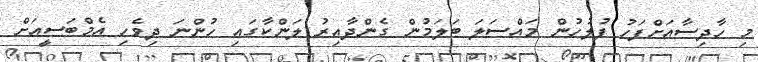
މި ހާދިސާއަށްފަހު ފުލުހުން މައްސަލަ ބަލަމުން ގެންދާއިރު ލަންކާގައި ހުންނަ ދިވެހި އެމްބަސީއަށް